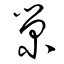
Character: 栄